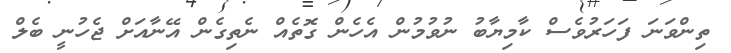
ތިންވަނަ ފަހަރުވެސް ކާމިޔާބު ނުވުމުން އެހެން ގޮތެއް ނެތިގެން އޭނާއަށް ޖެހުނީ ބެލް